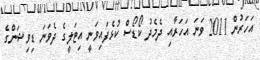
އަހަރުން 2011 ވަނަ އަހަރާއި ދެމެދު ކޯޑޯސް ކުޅެފައިވަނީ އިޓަލީގެ ދެވަނަ ޑިވިޝަންގެ